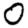
Digit: 0